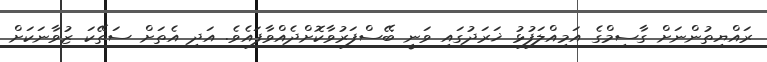
ރައްޔިތުންނަށް ގާސިމްގެ އަމިއްލަފުޅު ޚަރަދުގައި ވަނީ ބޭސްފަރުވާކޮށްދެއްވާފައެވެ. އަދި އެތަށް ސަތޭކަ ޒުވާނަކަށް